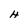
Character: H